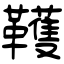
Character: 韄